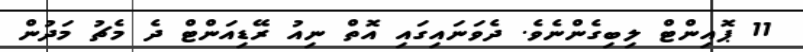
11 ޕޮއިންޓް ލިބިގެންނެވެ. ދެވަނައިގައި އޮތް ނިއު ރޭޑިއަންޓް ދެ މެޗު މަދުން